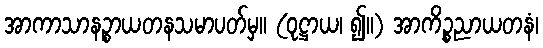
အာကာသာနဉ္စာယတနသမာပတ်မှ။ (ဝုဋ္ဌာယ၊ ၍။) အာကိဉ္စညာယတနံ၊